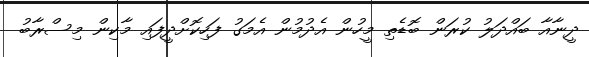
ދީނާއާ ބައްދަލު ކުރަން ބޮޑެތި މީހުން އެދުމުން އެމަގު ފަހިކޮށްދީފައި މާކިން މިސްރާބު